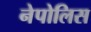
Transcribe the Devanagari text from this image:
नेपोलिस